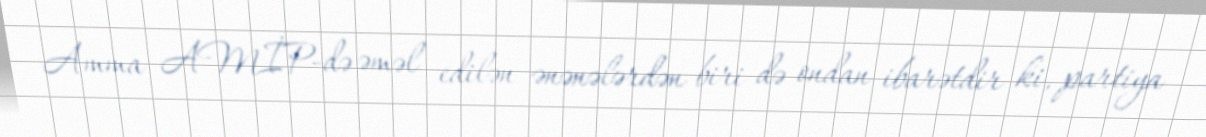
Amma AMİP-də əməl edilən ənənələrdən biri də ondan ibarətdir ki, partiya